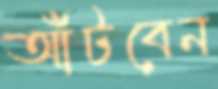
আঁটবেন